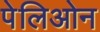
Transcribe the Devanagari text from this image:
पेलिओन